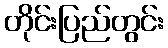
တိုင်းပြည်တွင်း